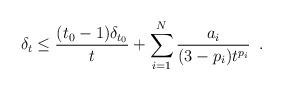
LaTeX: \begin{align*} \delta_{t} \leq \frac{(t_{0}-1)\delta_{t_{0}}}{t}+\sum_{i=1}^{N}\frac{a_{i}}{(3-p_{i})t^{p_{i}}}\enspace. \end{align*}